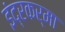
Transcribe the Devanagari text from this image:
इंद्रकर्मा